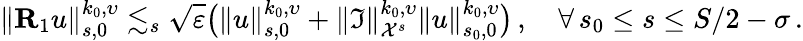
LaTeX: \| {\mathbf R}_{1}u\| _{s,0}^{k_{0},\upsilon}\lesssim_{s}\sqrt{\varepsilon}\big(\| u\| _{s,0}^{k_{0},\upsilon}+\| {\mathfrak I}\| _{{\cal X}^{s}}^{k_{0},\upsilon}\| u\| _{s_{0},0}^{k_{0},\upsilon}\big)\, ,\quad\forall\, s_{0}\leq s\leq S/2-\sigma\, .